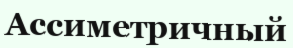
Ассиметричный